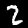
Label: 2